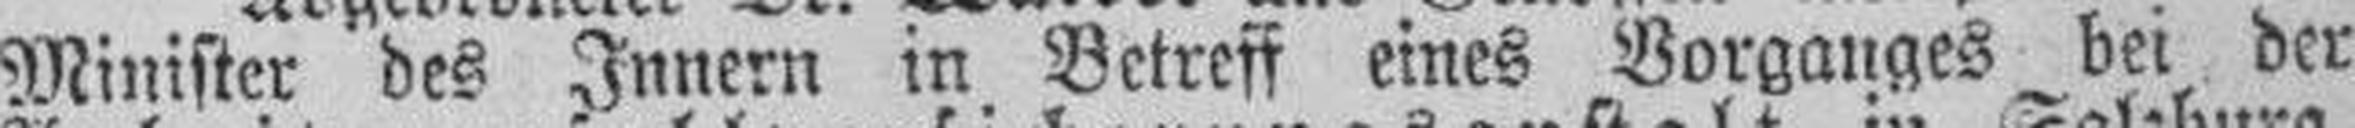
Minister des Innern in Betreff eines Vorganges bei der